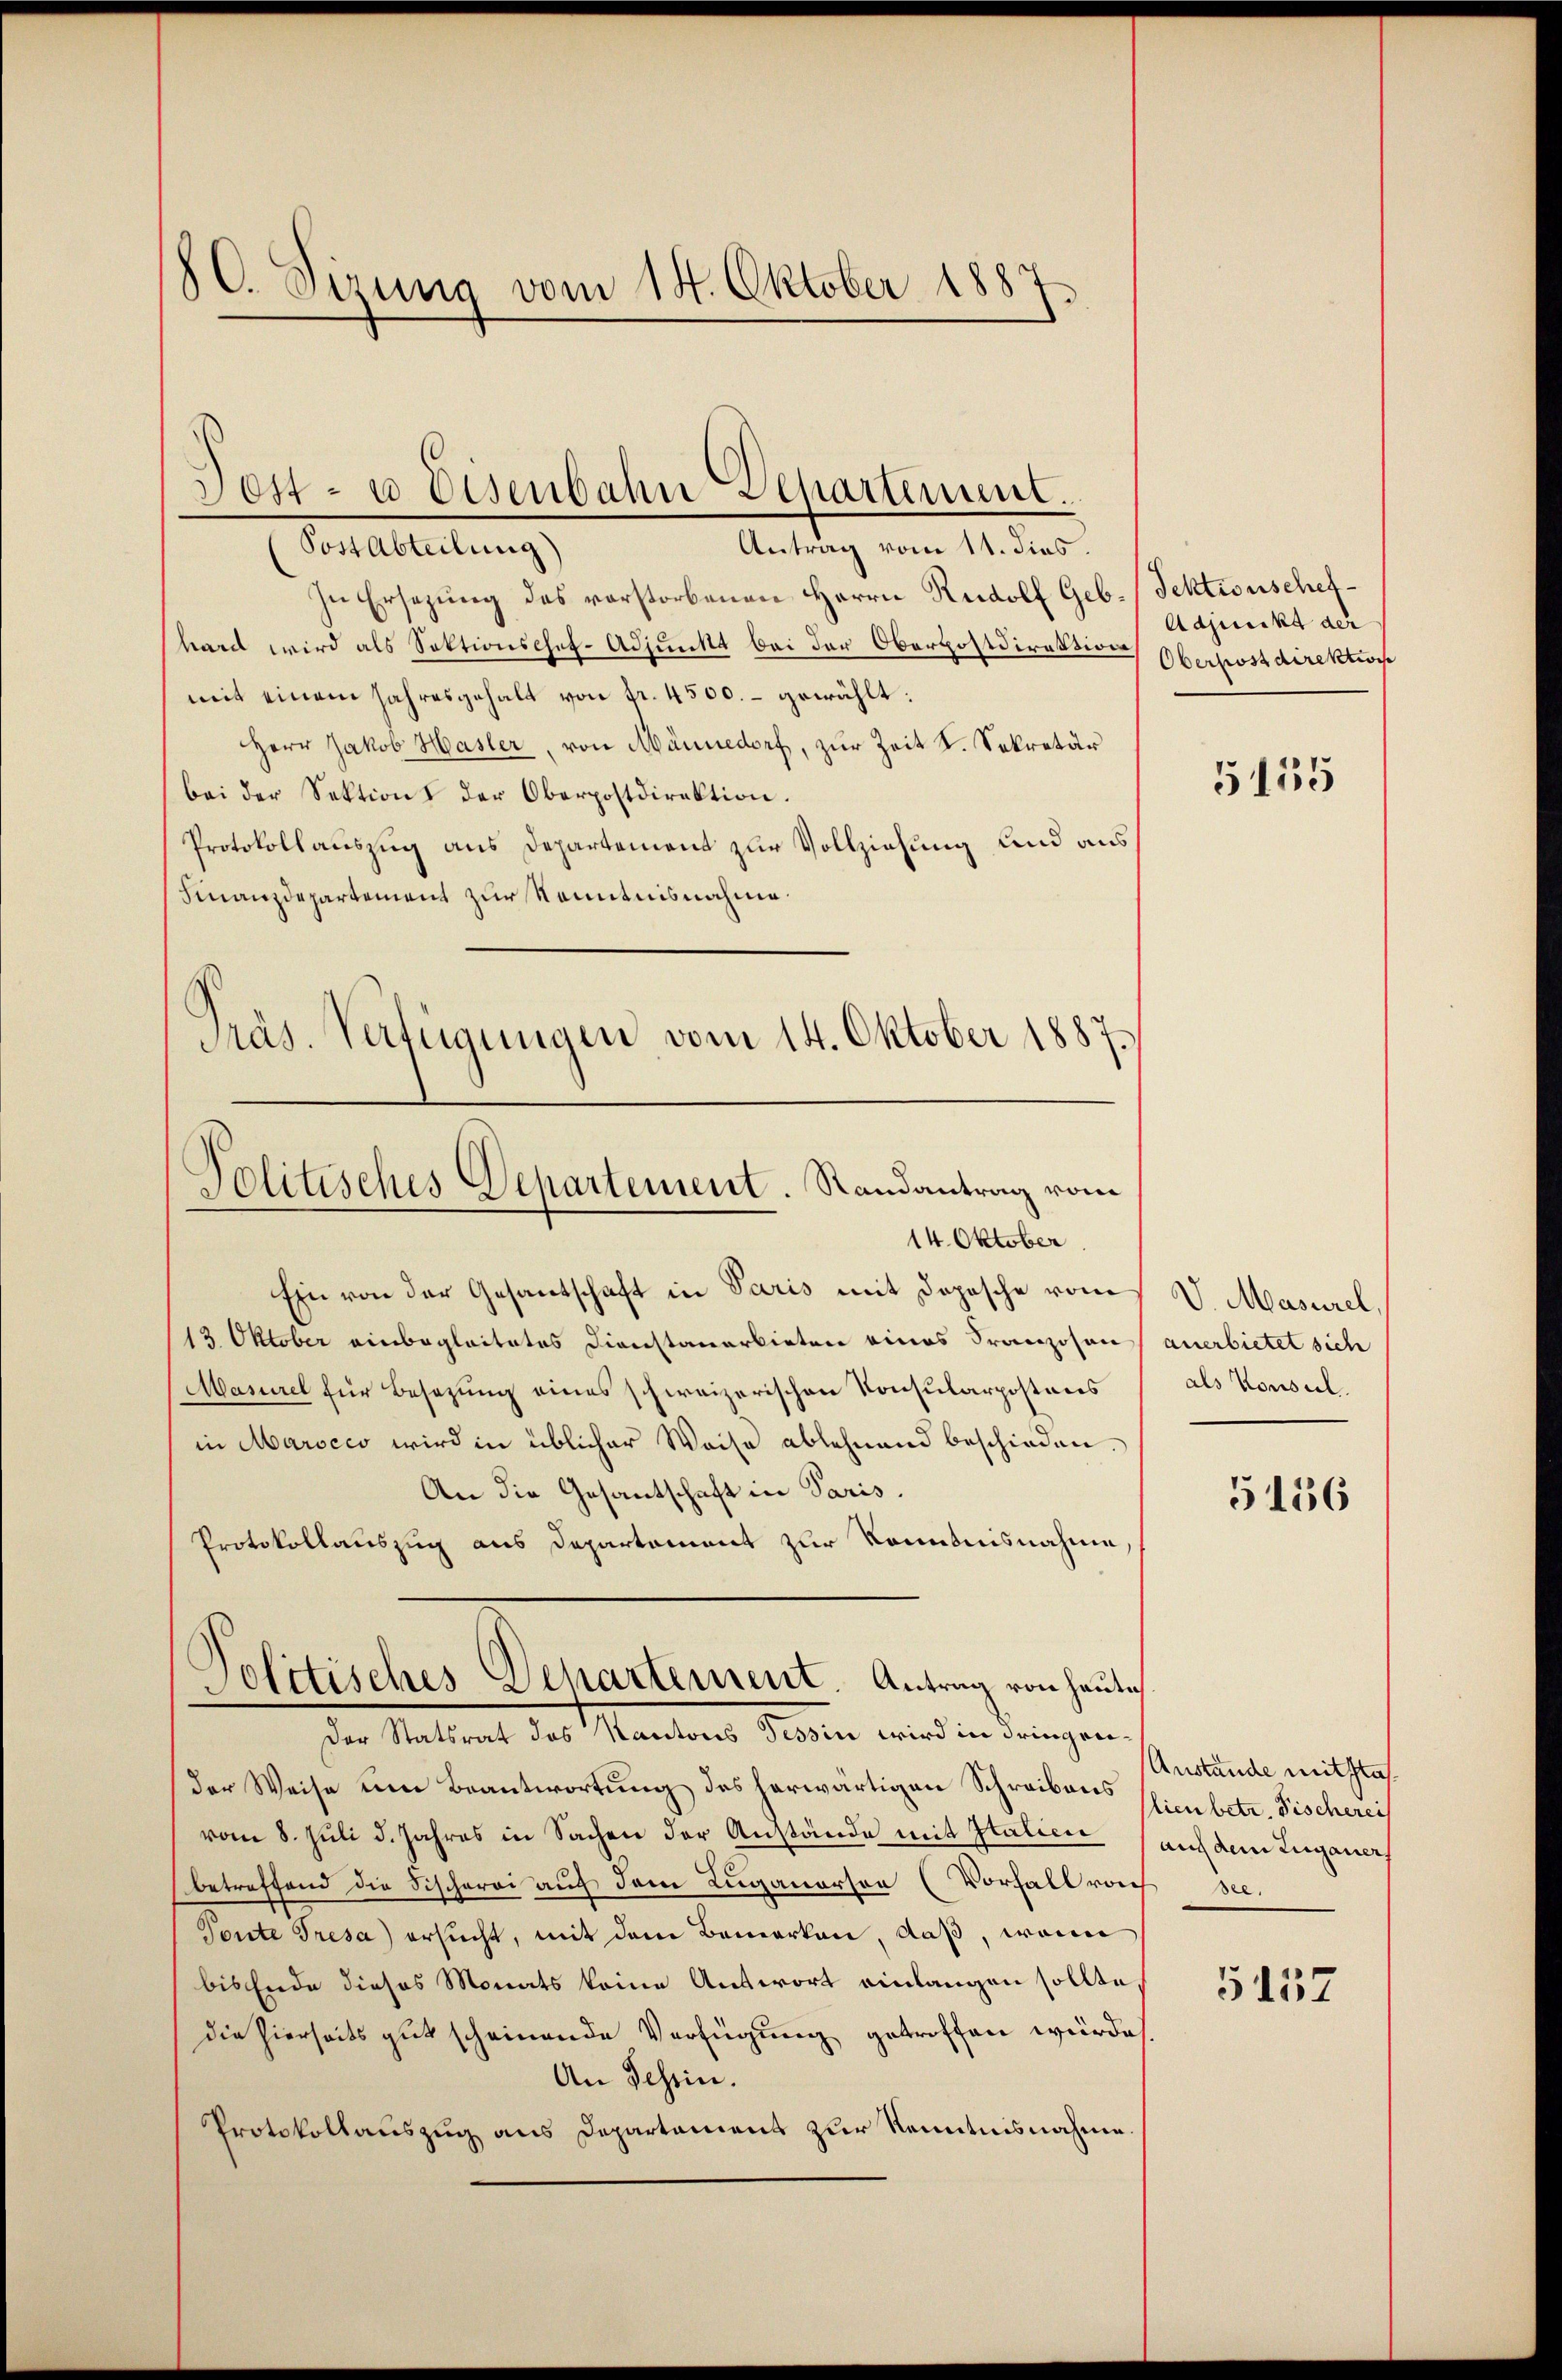
80. Sizung vom 14. Oktober 1887.

Antrag vom 11. dies.
Portableitung
In Ersetzung des vorstorbenen Herrn Rudolf Geb. Sektionschefhard wird als Sektionschef- Adjunkt bei der Oberpostdirektion Oberbostdirektion
mit einem Jahresgehalt von fr. 4500.- gewählt:
Herr Jakob Hasler, von Männedorf, zur Zeit I. Sekretär
bei der Sektion der Oberpostdirektion.
Protokollauszug aus Departement zur Vollziehung und aus¬
Finanzdepartement zur Kenntnisnahme.
Präs. Verfügungen vom 14. Oktober 1887.

Sost- u Eisenbahn Alpartement.

Politisches Departement. Randantrag vom

14. Oktober
Ein von der Gesantschaft in Paris mit Depesche vom
13. Oktober einbegleitetes Dienstanerbieten eines Franzosen anerbietet sich
Masurel für Besezung eines schweizerischen Konsularpostens
in Marocco wird in üblicher Weise ablehnend beschieden.
An die Gesantschaft in Paris.
Protokollauszug aus Departement zur Kenntnisnahme,
der Weise um Beantwortung des herwärtigen Schreibens Nienbetr. Fischerei
vom 8. Juli d. Jahres in Sachen der Anstände mit Italien (auf dem Zuganer
betreffend die Fischerei auf dem Luganorson (Vorfall von
Toute Tresa ersucht, mit dem Bemerken, daß, wenn
bis Ende dieses Monats keine Auswort einlangen sollte,
die hierseits gut scheinende Verfügung getroffen würde.
An Schrin.
Protokollauszug aus Departamens zur Kenntnisnahme

Politisches Departement. Antrag von heute
Der Statsrat des Kantons Tessin wird in dringrei¬

Adjunkt der

5155

V. Masurel,
als Konsul

5156

Anstande mithlich
Bee

5157